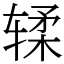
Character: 𫐓